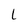
Character: l